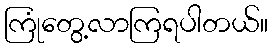
ကြုံတွေ့လာကြရပါတယ်။